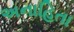
અનાહિતા